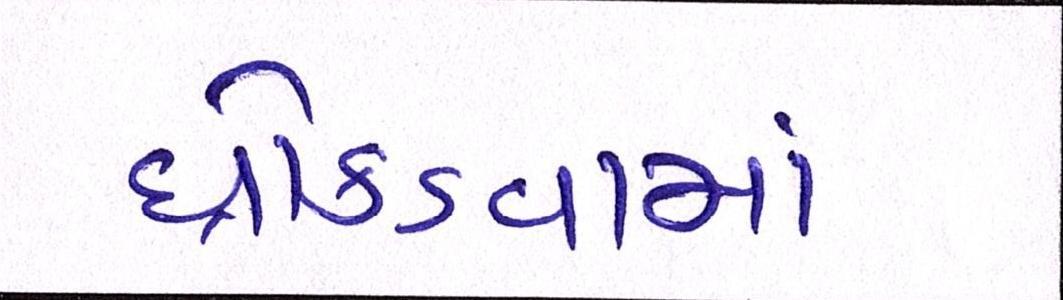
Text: ધ્રોકડવામાં